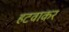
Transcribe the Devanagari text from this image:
हटवाकर